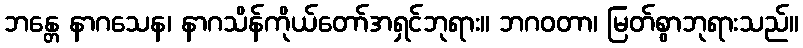
ဘန္တေ နာဂသေန၊ နာဂသိန်ကိုယ်တော်အရှင်ဘုရား။ ဘဂဝတာ၊ မြတ်စွာဘုရားသည်။